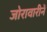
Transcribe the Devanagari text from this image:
जोरावारीनें